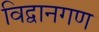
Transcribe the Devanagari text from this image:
विद्वानगण